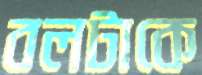
বলটাকে